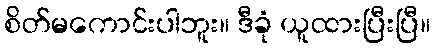
စိတ်မကောင်းပါဘူး။ ဒီခုံ ယူထားပြီးပြီ။